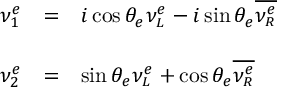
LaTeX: \begin{array} { l l l } { { \displaystyle \vphantom { \Bigg | } \nu _ { 1 } ^ { e } } } & { { = } } & { { \displaystyle i \cos \theta _ { e } \nu _ { \scriptscriptstyle L } ^ { e } - i \sin \theta _ { e } \overline { { { \nu _ { \scriptscriptstyle R } ^ { e } } } } } } \\ { { \displaystyle \vphantom { \Bigg | } \nu _ { 2 } ^ { e } } } & { { = } } & { { \displaystyle \sin \theta _ { e } \nu _ { \scriptscriptstyle L } ^ { e } + \cos \theta _ { e } \overline { { { \nu _ { \scriptscriptstyle R } ^ { e } } } } } } \end{array}